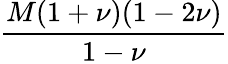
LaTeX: \frac{M(1+\nu)(1-2\nu)}{1-\nu}